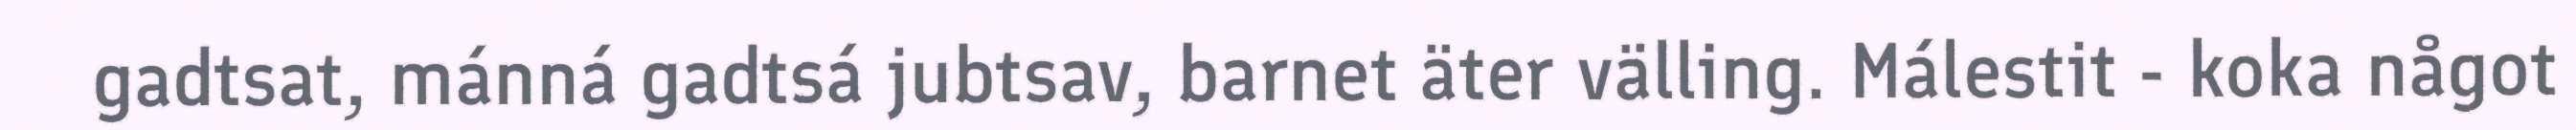
gadtsat, mánná gadtsá jubtsav, barnet äter välling. Málestit - koka något